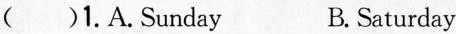
( )1.A. Sunday B.Saturday